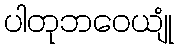
ပါတုဘဝေယျုံ